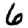
Digit: 6